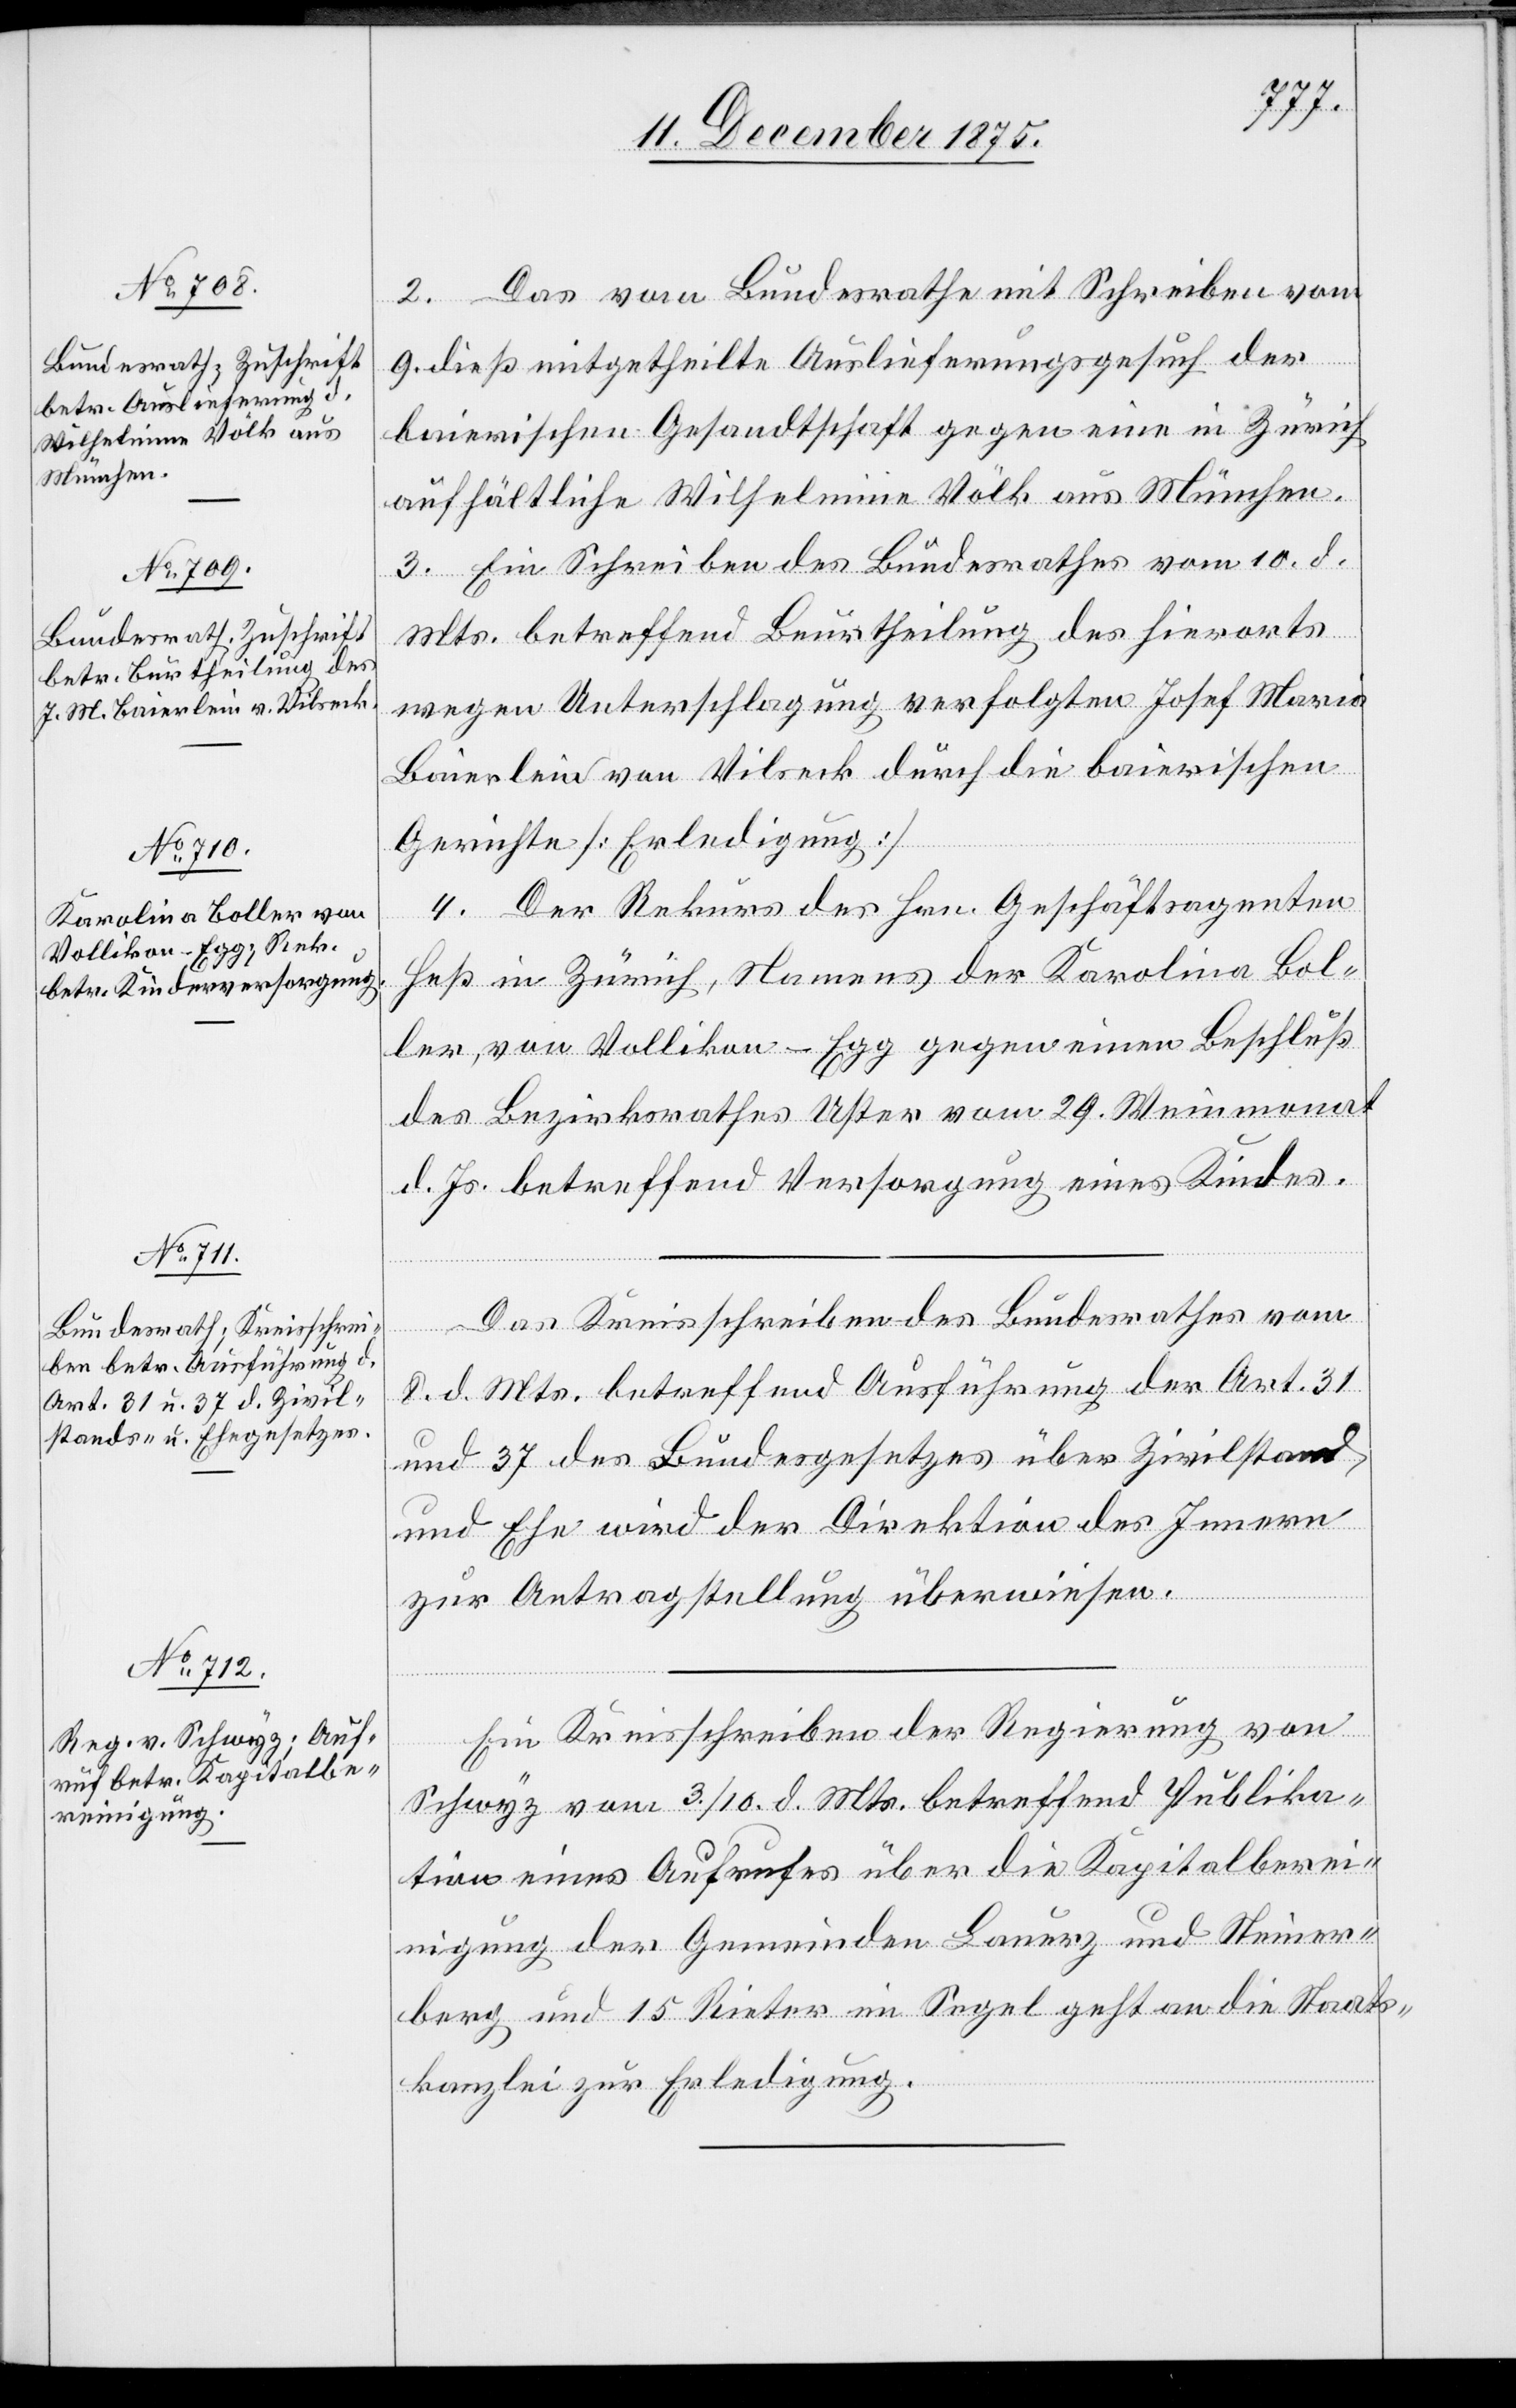
13. December 1875.]
2. Das vom Bundesrathe mit Schreiben vom
9. dieß mitgetheilte Auslieferungsgesuch der
baierischen Gesandtschaft gegen eine in Zürich
aufhältliche Wilhelmine Völk aus München.
3. Ein Schreiben des Bundesrathes vom 10. d.
Mts. betreffend Beurtheilung des hierorts
wegen Unterschlagung verfolgten Josef Maria
Baierlein von Vilseck durch die baierischen
Gerichte [Erledigung].
4. Der Rekurs des Hrn. Geschäftsagenten
Heß in Zürich, Namens der Karolina Bol¬
ler, von Vollikon - Egg gegen einen Beschluß
des Bezirksrathes Uster vom 29. Weinmonat
d. Js. betreffend Versorgung eines Kindes.
Das Kreisschreiben des Bundesrathes vom
8. d. Mts. betreffend Ausführung der Art. 31
und 37 des Bundesgesetzes über Zivilstand
und Ehe wird der Direktion des Innern
zur Antragstellung überwiesen.
Ein Kreisschreiben der Regierung von
Schwyz vom 3./10. d. Mts. betreffend Publika¬
tion eines Aufrufes über die Kapitalberei¬
nigung der Gemeinden Lauerz und Steiner¬
berg und 15 Rieter im Segel geht an die Staats¬
kanzlei zur Erledigung.